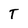
Character: T